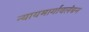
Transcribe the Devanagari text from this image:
न्यायमार्गावलंबन